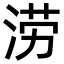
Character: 涝